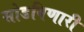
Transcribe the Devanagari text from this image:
सोडविणारी